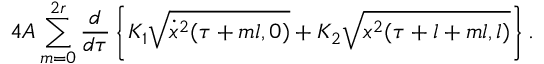
4 A \sum _ { m = 0 } ^ { 2 r } \frac { d } { d \tau } \left\{ K _ { 1 } \sqrt { \dot { x } ^ { 2 } ( \tau + m l , 0 ) } + K _ { 2 } \sqrt { x ^ { 2 } ( \tau + l + m l , l ) } \right\} .